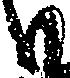
候